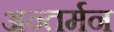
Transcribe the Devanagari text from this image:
अन्‍तर्मन